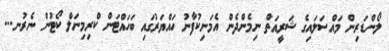
ލޯންޑަރިން މައްސަލައިގެ ޝަރީއަތް ނިމެންދެން އެމަނިކުފާނު ހައްޔަރުގައި ބަހައްޓަން ކްރިމިނަލް ކޯޓުން ނެރުނ...